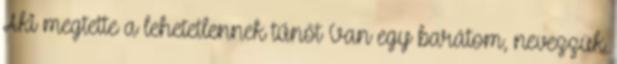
Aki megtette a lehetetlennek tűnőt Van egy barátom, nevezzük